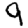
Digit: 9